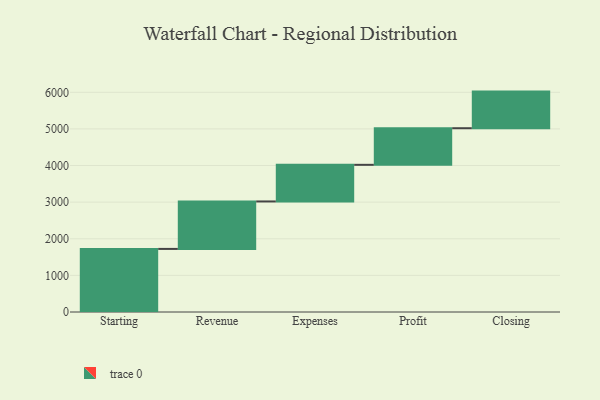
{"axis": {"x": "Step", "y": "Value"}, "legend": [""], "data": [{"x": "Starting", "y": 1723.0, "type": ""}, {"x": "Revenue", "y": 1296.0, "type": ""}, {"x": "Expenses", "y": 1000, "type": ""}, {"x": "Profit", "y": 1000, "type": ""}, {"x": "Closing", "y": 1000, "type": ""}]}